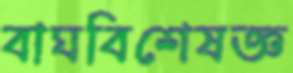
বাঘবিশেষজ্ঞ